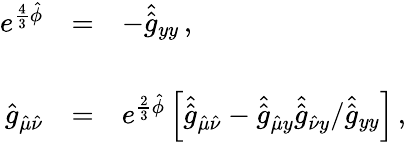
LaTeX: \begin{array}{rcl}{{e^{\frac{4}{3}\hat{\phi}}}}&{{=}}&{{-\hat{\hat{g}}_{yy}\, ,}}\\ {{}}&{{}}&{{}}\\ {{\hat{g}_{\hat{\mu}\hat{\nu}}}}&{{=}}&{{e^{\frac{2}{3}\hat{\phi}}\left[\hat{\hat{g}}_{\hat{\mu}\hat{\nu}}-\hat{\hat{g}}_{\hat{\mu}y}\hat{\hat{g}}_{\hat{\nu}y}/\hat{\hat{g}}_{yy}\right]\, ,}}\end{array}